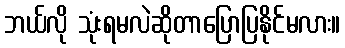
ဘယ်လို သုံးရမလဲဆိုတာပြောပြနိုင်မလား။